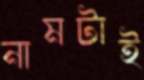
নামটাই